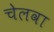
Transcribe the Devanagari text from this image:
चेलवा